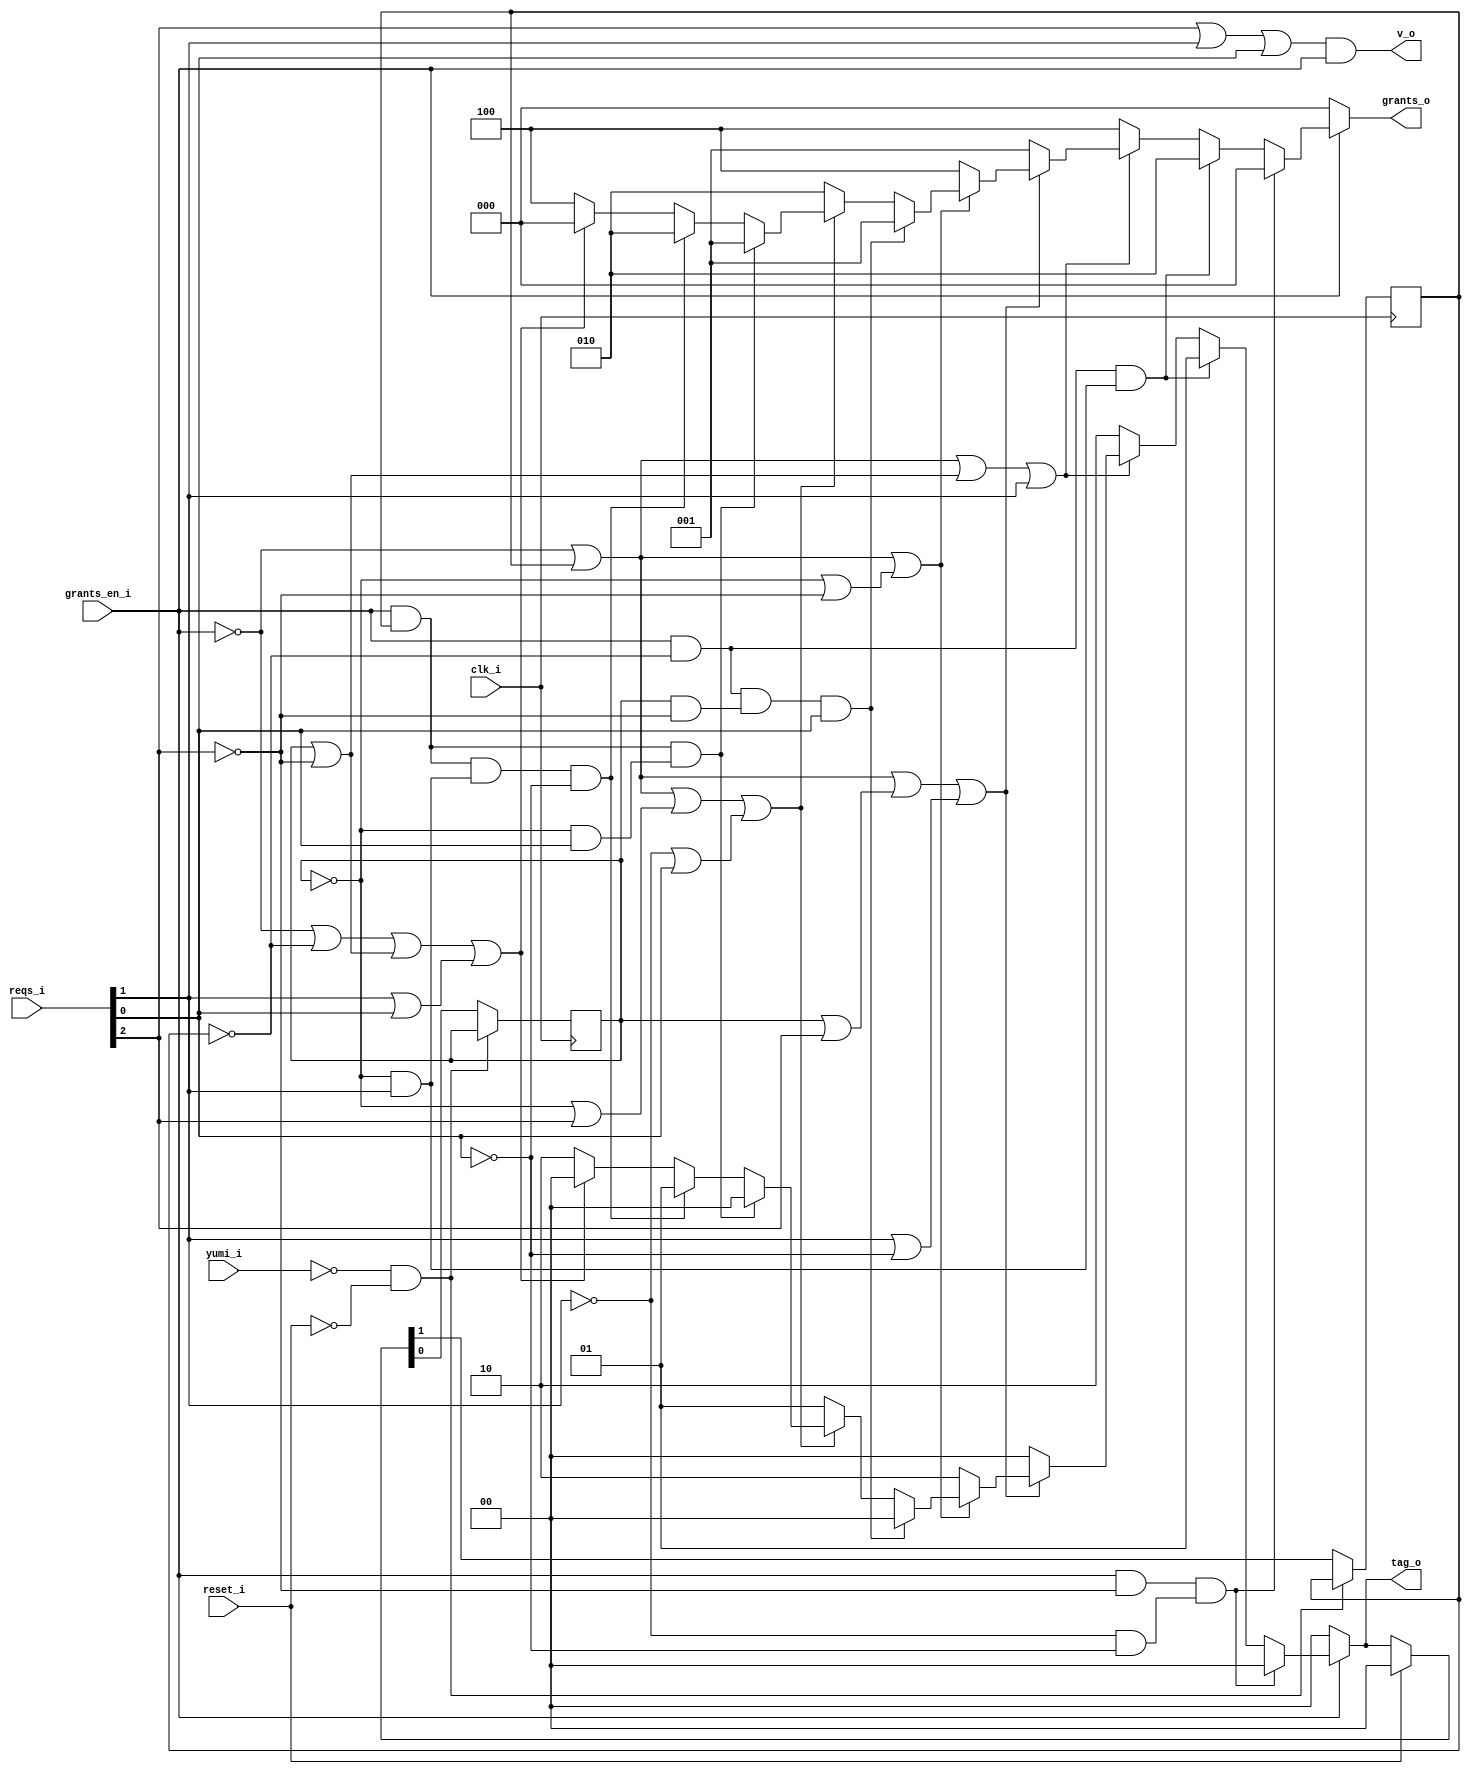
module bsg_round_robin_arb_inputs_p3
(
  clk_i,
  reset_i,
  grants_en_i,
  reqs_i,
  grants_o,
  v_o,
  tag_o,
  yumi_i
);

  input [2:0] reqs_i;
  output [2:0] grants_o;
  output [1:0] tag_o;
  input clk_i;
  input reset_i;
  input grants_en_i;
  input yumi_i;
  output v_o;
  wire [2:0] grants_o;
  wire [1:0] tag_o;
  wire v_o,N0,N1,N2,N3,N4,N5,N6,N7,N8,N9,N10,N11,N12,N13,N14,N15,N16,N17,N18,N19,N20,
  N21,N22,N23,N24,N25,N26,N27,N28,N29,N30,N31,N32,N33,N34,N35,N36,N37,N38,N39,N40,
  N41,N42,N43,N44,N45,N46,N47,N48,N49,N50,N51,N52,N53,N54,N55,N56,N57,N58,N59,N60,
  N61,N62,N63,N64,N65,N66,N67,N68,N69,N70,N71,N72,N73,N74,N75;
  reg [1:0] last_r;
  assign N10 = grants_en_i & N8;
  assign N11 = N9 & N46;
  assign N12 = N10 & N11;
  assign N15 = grants_en_i & N13;
  assign N16 = N14 & reqs_i[1];
  assign N17 = N15 & N16;
  assign N18 = N7 | last_r[1];
  assign N19 = last_r[0] | N8;
  assign N20 = N18 | N19;
  assign N21 = N20 | reqs_i[1];
  assign N23 = N7 | last_r[1];
  assign N24 = last_r[0] | reqs_i[2];
  assign N25 = reqs_i[1] | N46;
  assign N26 = N23 | N24;
  assign N27 = N26 | N25;
  assign N29 = N7 | last_r[1];
  assign N30 = N14 | N8;
  assign N31 = N29 | N30;
  assign N33 = grants_en_i & N13;
  assign N34 = last_r[0] & N8;
  assign N35 = N33 & N34;
  assign N36 = N35 & reqs_i[0];
  assign N37 = N7 | last_r[1];
  assign N38 = N14 | reqs_i[2];
  assign N39 = N9 | reqs_i[0];
  assign N40 = N37 | N38;
  assign N41 = N40 | N39;
  assign N43 = grants_en_i & last_r[1];
  assign N44 = N14 & reqs_i[0];
  assign N45 = N43 & N44;
  assign N47 = grants_en_i & last_r[1];
  assign N48 = N14 & reqs_i[1];
  assign N49 = N47 & N48;
  assign N50 = N49 & N46;
  assign N51 = N7 | N13;
  assign N52 = last_r[0] | N8;
  assign N53 = reqs_i[1] | reqs_i[0];
  assign N54 = N51 | N52;
  assign N55 = N54 | N53;
  assign N57 = grants_en_i & last_r[1];
  assign N58 = last_r[0] & reqs_i[2];
  assign N59 = N57 & N58;
  assign N60 = grants_en_i & last_r[1];
  assign N61 = last_r[0] & reqs_i[0];
  assign N62 = N60 & N61;
  assign N63 = grants_en_i & last_r[1];
  assign N64 = last_r[0] & reqs_i[1];
  assign N65 = N63 & N64;

  always @(posedge clk_i) begin
    if(N72) begin
      last_r[1] <= N70;
    end 
  end


  always @(posedge clk_i) begin
    if(N72) begin
      last_r[0] <= N69;
    end 
  end

  assign grants_o = (N7)? { 1'b0, 1'b0, 1'b0 } : 
                    (N0)? { 1'b0, 1'b0, 1'b0 } : 
                    (N1)? { 1'b0, 1'b1, 1'b0 } : 
                    (N22)? { 1'b1, 1'b0, 1'b0 } : 
                    (N28)? { 1'b0, 1'b0, 1'b1 } : 
                    (N32)? { 1'b1, 1'b0, 1'b0 } : 
                    (N2)? { 1'b0, 1'b0, 1'b1 } : 
                    (N42)? { 1'b0, 1'b1, 1'b0 } : 
                    (N3)? { 1'b0, 1'b0, 1'b1 } : 
                    (N4)? { 1'b0, 1'b1, 1'b0 } : 
                    (N56)? { 1'b1, 1'b0, 1'b0 } : 1'b0;
  assign N0 = N12;
  assign N1 = N17;
  assign N2 = N36;
  assign N3 = N45;
  assign N4 = N50;
  assign tag_o = (N7)? { 1'b0, 1'b0 } : 
                 (N0)? { 1'b0, 1'b0 } : 
                 (N1)? { 1'b0, 1'b1 } : 
                 (N22)? { 1'b1, 1'b0 } : 
                 (N28)? { 1'b0, 1'b0 } : 
                 (N32)? { 1'b1, 1'b0 } : 
                 (N2)? { 1'b0, 1'b0 } : 
                 (N42)? { 1'b0, 1'b1 } : 
                 (N3)? { 1'b0, 1'b0 } : 
                 (N4)? { 1'b0, 1'b1 } : 
                 (N56)? { 1'b1, 1'b0 } : 
                 (N66)? { 1'b0, 1'b0 } : 1'b0;
  assign { N70, N69 } = (N5)? { 1'b0, 1'b0 } : 
                        (N6)? tag_o : 1'b0;
  assign N5 = reset_i;
  assign N6 = N68;
  assign N7 = ~grants_en_i;
  assign N8 = ~reqs_i[2];
  assign N9 = ~reqs_i[1];
  assign N13 = ~last_r[1];
  assign N14 = ~last_r[0];
  assign N22 = ~N21;
  assign N28 = ~N27;
  assign N32 = ~N31;
  assign N42 = ~N41;
  assign N46 = ~reqs_i[0];
  assign N56 = ~N55;
  assign N66 = N59 | N73;
  assign N73 = N62 | N65;
  assign v_o = N75 & grants_en_i;
  assign N75 = N74 | reqs_i[0];
  assign N74 = reqs_i[2] | reqs_i[1];
  assign N67 = ~yumi_i;
  assign N68 = ~reset_i;
  assign N71 = N67 & N68;
  assign N72 = ~N71;

endmodule